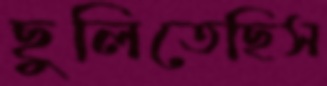
ছুলিতেছিস